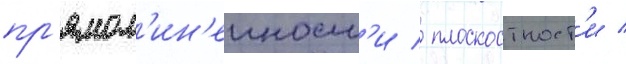
пр'ямол'ин'еиност'и / плоскостност'и /